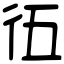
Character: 鿉